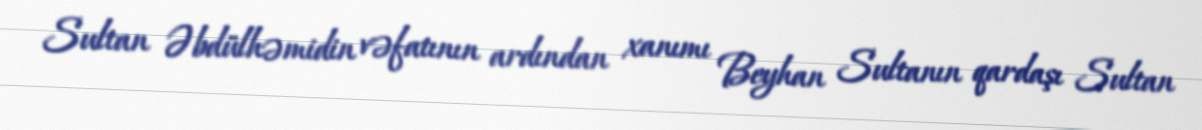
Sultan Əbdülhəmidin vəfatının ardından xanımı Beyhan Sultanın qardaşı Sultan